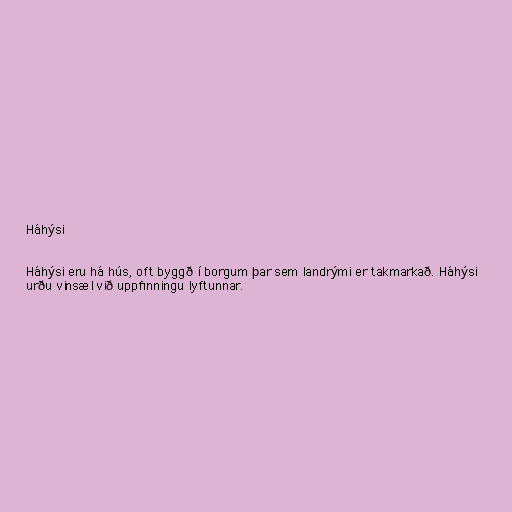
Háhýsi

Háhýsi eru há hús, oft byggð í borgum þar sem landrými er takmarkað. Háhýsi
urðu vinsæl við uppfinningu lyftunnar.